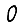
Digit: 0